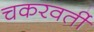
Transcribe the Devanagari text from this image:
चकरवर्ती